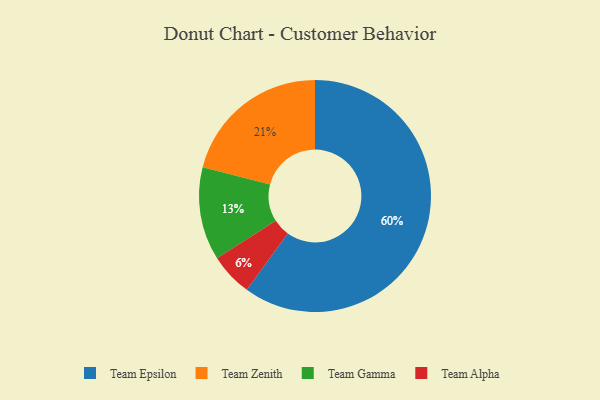
{"axis": {"x": "Category", "y": "Percentage"}, "legend": ["Team Alpha", "Team Epsilon", "Team Gamma", "Team Zenith"], "data": [{"x": "Team Alpha", "y": 6, "type": "Team Alpha"}, {"x": "Team Epsilon", "y": 60, "type": "Team Epsilon"}, {"x": "Team Zenith", "y": 21, "type": "Team Zenith"}, {"x": "Team Gamma", "y": 13, "type": "Team Gamma"}]}